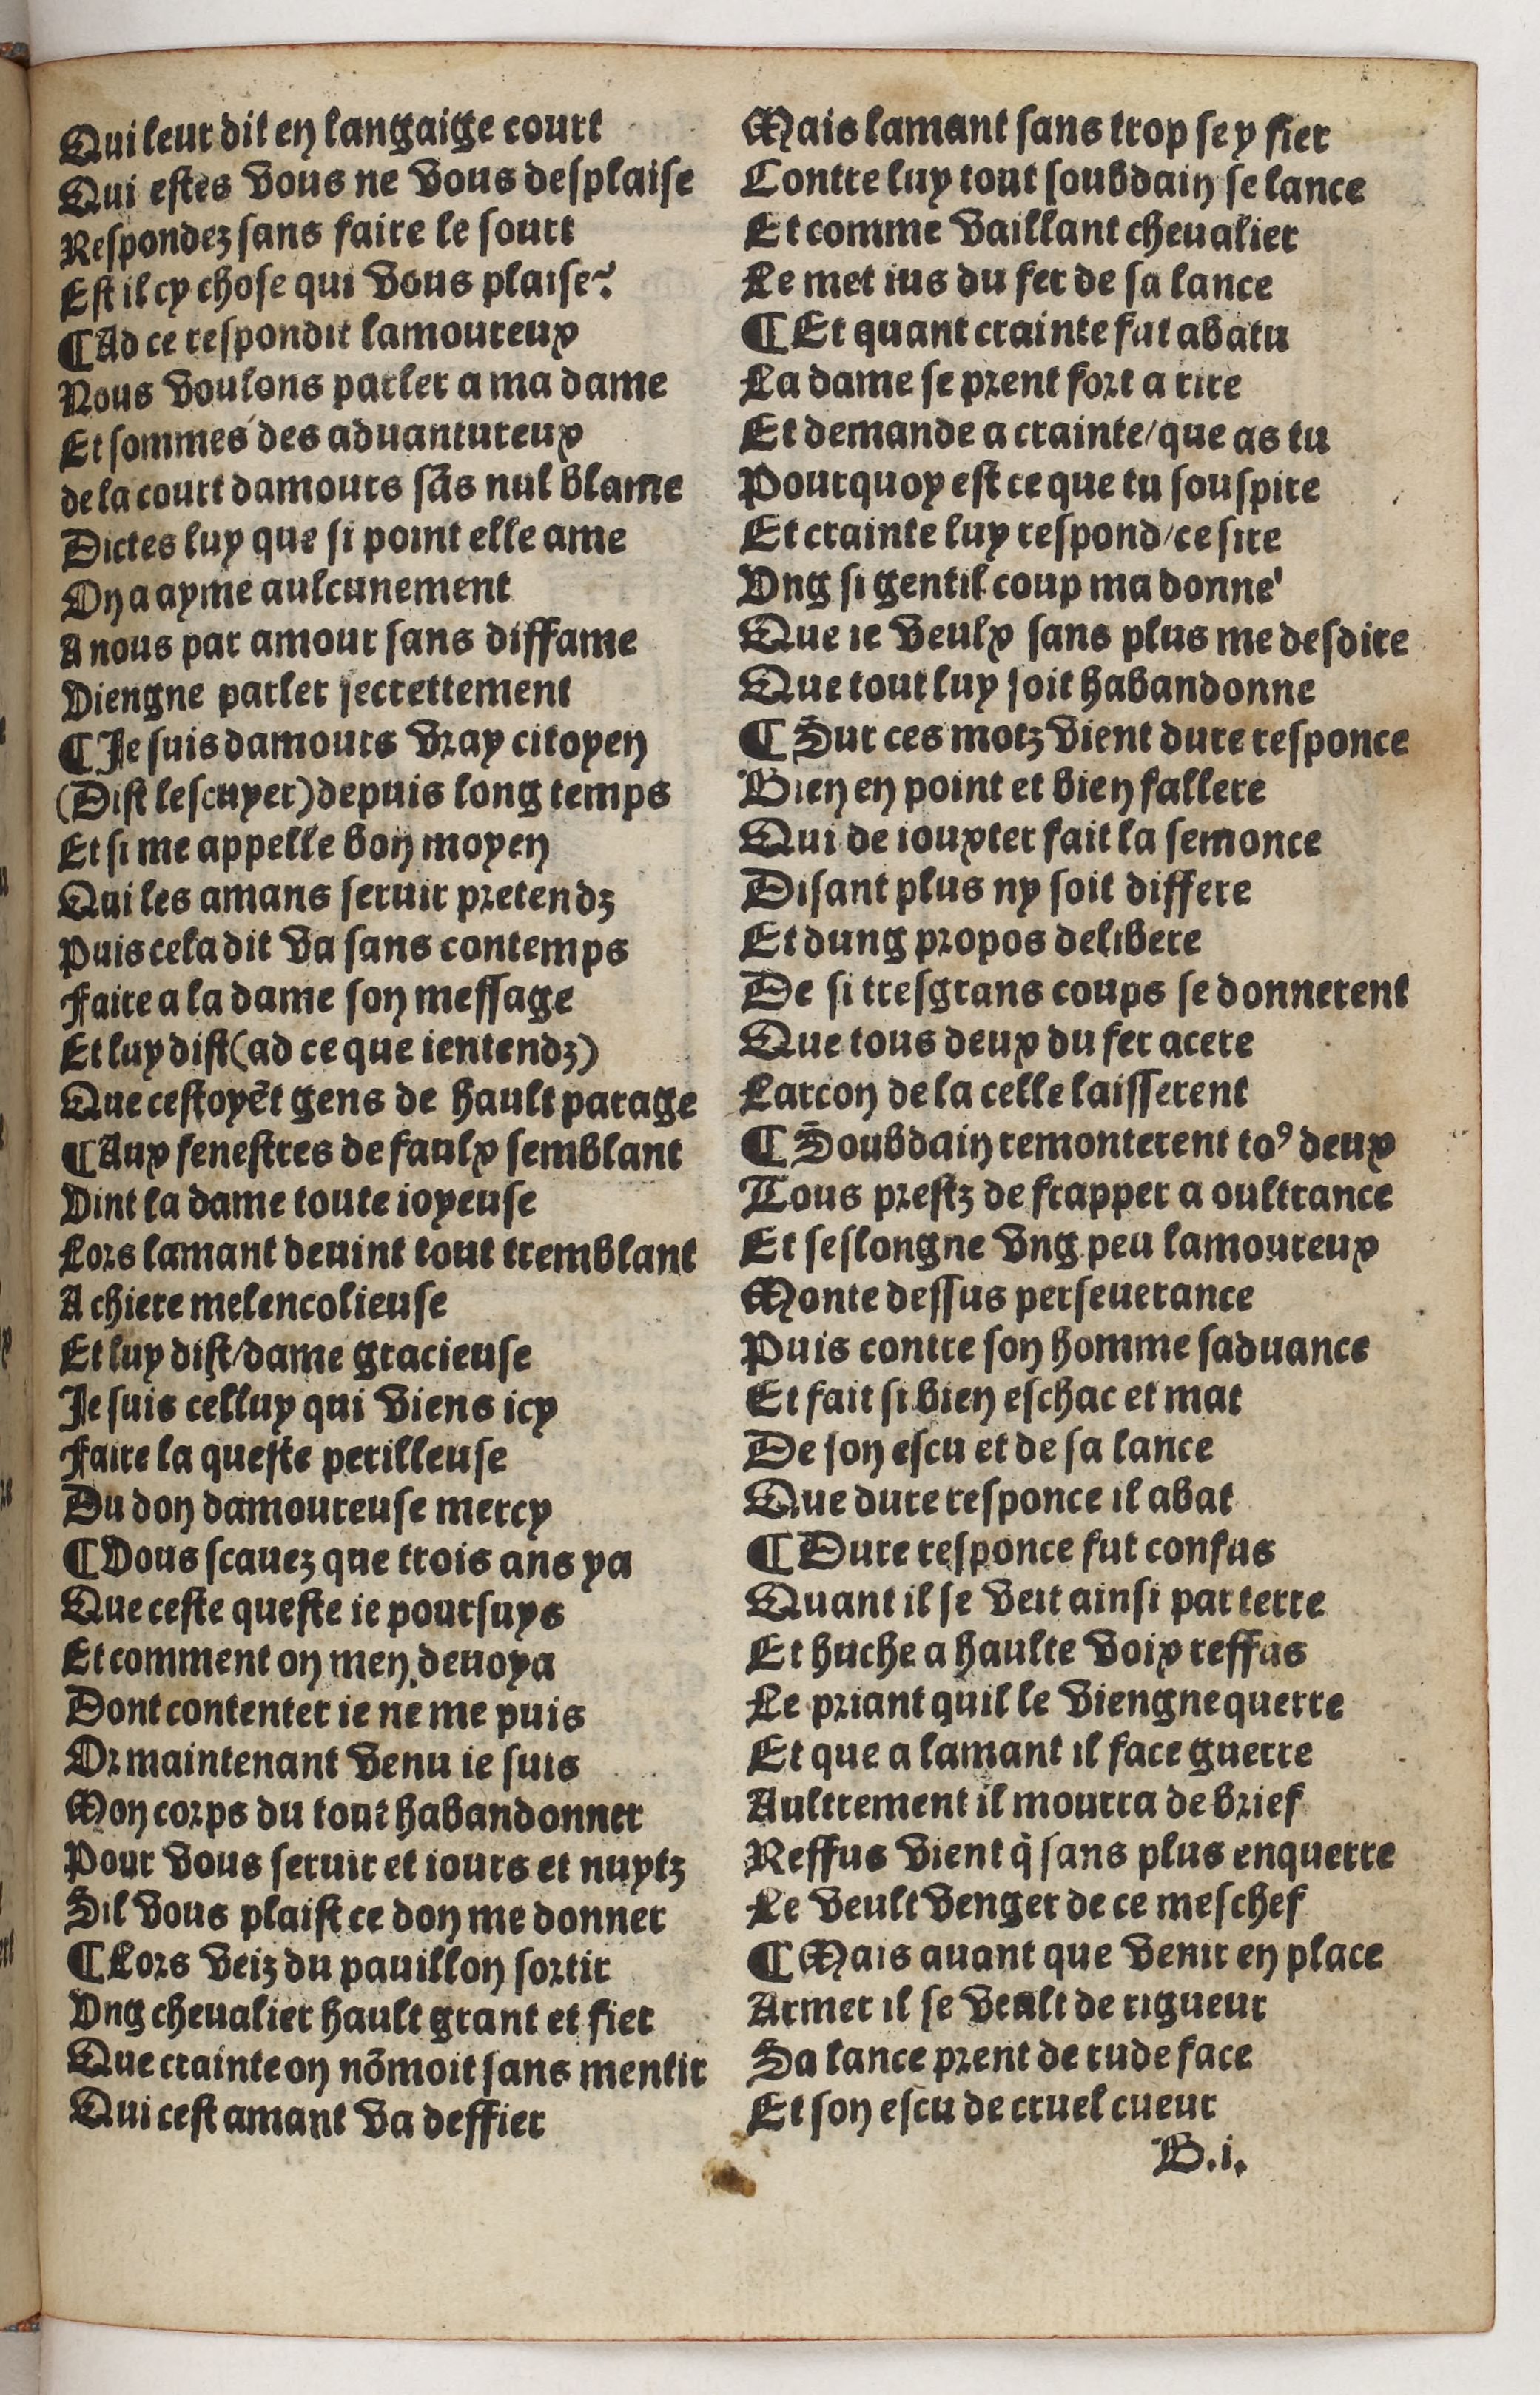
Shelfmark: Paris, BnF, Rés. Y2-930
Century: 15